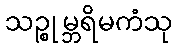
သဉ္စုမ္ဘရိမကံသု